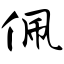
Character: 佩